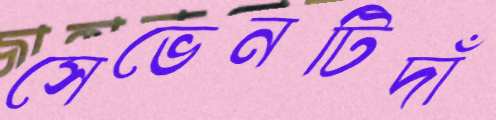
সেভেনটিদাঁ